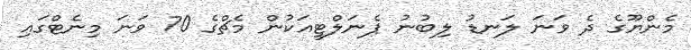
މެންޔޫގެ ދެ ވަނަ ލަނޑު ލިބުނު ޕެނަލްޓީއަކުން މެޗްގެ 70 ވަނަ މިނެޓްގައި